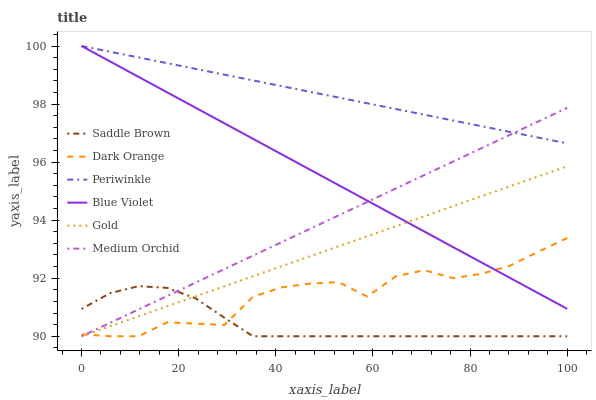
| xaxis_label | Saddle Brown | Dark Orange | Periwinkle | Blue Violet | Gold | Medium Orchid |
 | --- | --- | --- | --- | --- | --- | --- |
 | 0 | 90.9 | 90.1 | 100 | 100 | 90 | 90 |
 | 5.88 | 91.5 | 90 | 99.8 | 99.5 | 90.3 | 90.5 |
 | 11.8 | 91.7 | 90 | 99.6 | 98.9 | 90.7 | 90.9 |
 | 17.6 | 91.7 | 90.5 | 99.4 | 98.4 | 91 | 91.4 |
 | 23.5 | 91.3 | 90.4 | 99.2 | 97.9 | 91.4 | 91.9 |
 | 29.4 | 90.6 | 90.4 | 99 | 97.3 | 91.7 | 92.3 |
 | 35.3 | 90 | 91.4 | 98.8 | 96.8 | 92.1 | 92.8 |
 | 41.2 | 90 | 91.7 | 98.6 | 96.3 | 92.4 | 93.2 |
 | 47.1 | 90 | 91.8 | 98.4 | 95.7 | 92.8 | 93.7 |
 | 52.9 | 90 | 91.9 | 98.2 | 95.2 | 93.1 | 94.2 |
 | 58.8 | 90 | 91.4 | 98 | 94.7 | 93.4 | 94.6 |
 | 64.7 | 90 | 92.1 | 97.8 | 94.1 | 93.8 | 95.1 |
 | 70.6 | 90 | 92.3 | 97.6 | 93.6 | 94.1 | 95.6 |
 | 76.5 | 90 | 92 | 97.4 | 93.1 | 94.5 | 96 |
 | 82.4 | 90 | 92.2 | 97.2 | 92.5 | 94.8 | 96.5 |
 | 88.2 | 90 | 92.4 | 97 | 92 | 95.2 | 96.9 |
 | 94.1 | 90 | 92.9 | 96.8 | 91.5 | 95.5 | 97.4 |
 | 100 | 90 | 93.4 | 96.6 | 90.9 | 95.9 | 97.9 |